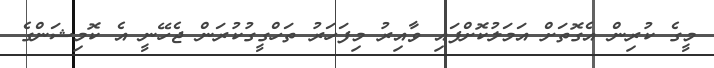
މީގެ ކުރިން އެގޮތަށް އަމަލުކޮށްފައި ވާއިރު މިފަހަރު ތަހްގީގުކުރަން ޖެހޭނީ އެ ކޮމިޝަންގެ